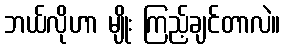
ဘယ်လိုဟာ မျိုး ကြည့်ချင်တာလဲ။